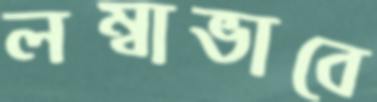
লম্বাভাবে